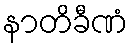
နာတိခီဏံ